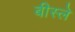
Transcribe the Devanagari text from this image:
बीस्ले